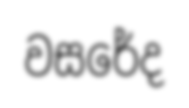
වසරේද